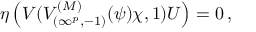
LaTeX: \eta \left( V ( V _ { ( \infty ^ { p } , - 1 ) } ^ { ( M ) } ( \psi ) \chi , 1 ) U \right) = 0 \, ,